Lunatic asylums Central Provinces reports 1895-1909 - 1895-1909
Year: 1895
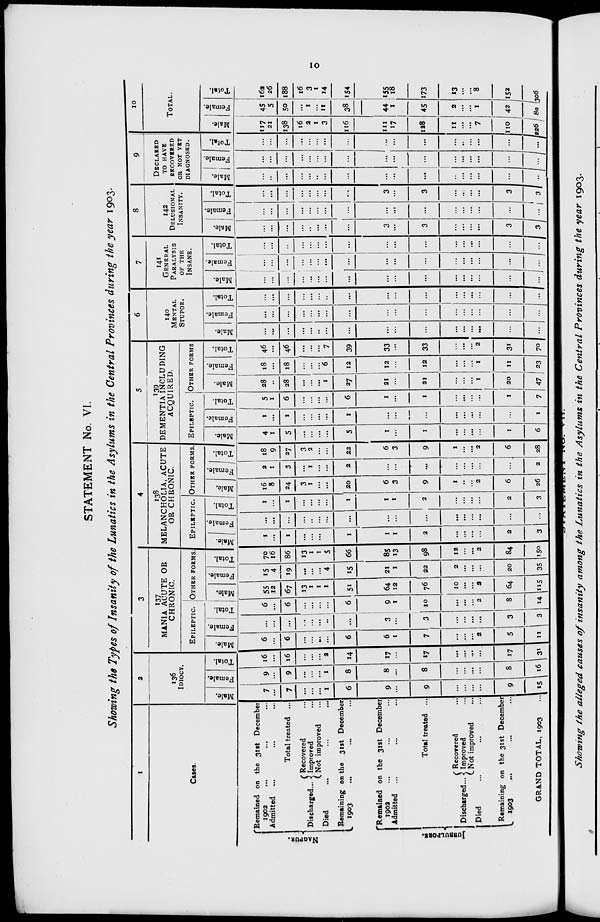
10
STATEMENT No. VI.
Showing the Types of Insanity of the Lunatics in the Asylums in the Central Provinces during the year 1903.
1
Cases.
NAGPUR.
JUBBULPORE.
Remained on the 31st December
1902 ... ... ...
Admitted ... ... ...
Total treated ...
Discharged ...
Recovered ...
Improved ...
Not improved ...
Died ... ... ...
Remaining on the 31st December
1903 ... ... ...
Remained on the 31st December
1902 ... ... ...
Admitted ... ... ...
Total treated ...
Discharged...
Recovered ...
Improved ...
Not improved ...
Died ... ... ...
Remaining on the 31st December
1903 ... ... ...
GRAND TOTAL, 1903 ...
2
136
IDIOCY.
Male.
7
...
7
...
...
...
1
6
9
...
9
...
...
...
...
9
15
Female.
9
...
9
...
...
...
1
8
8
...
8
...
...
...
...
8
16
Total.
16
...
16
...
...
...
2
14
17
...
17
...
...
...
...
17
31
3
137
MANIA ACUTE OR
CHRONIC.
EPILEPTIC.
Male.
6
...
6
...
...
...
...
6
6
1
7
...
...
...
2
5
11
Female.
...
...
...
...
...
...
...
...
3
...
3
...
...
...
...
3
3
Total.
6
...
6
...
...
...
...
6
9
1
10
...
...
...
2
8
14
OTHER FORMS.
Male.
55
12
67
13
1
1
1
51
64
12
76
10
...
...
2
64
115
Female.
15
4
19
...
...
...
4
15
21
1
22
2
...
...
...
20
35
Total.
70
16
86
13
1
1
5
66
85
13
98
12
...
...
2
84
150
4
138
MELANCHOLIA, ACUTE
OR CHRONIC.
EPILEPTIC.
Male.
1
...
1
...
...
...
...
1
1
1
2
...
...
...
...
2
3
Female.
...
...
...
...
...
...
...
...
...
...
...
...
...
...
...
...
...
Total.
1
...
1
...
...
...
...
1
1
1
2
...
...
...
...
2
3
OTHER FORMS.
Male.
16
8
24
3
1
...
...
20
6
3
9
1
...
...
2
6
26
Female.
2
1
3
...
1
...
...
2
...
...
...
...
...
...
...
...
2
Total.
18
9
27
3
2
...
...
22
6
3
9
1
...
...
2
6
28
5
139
DEMENTIA INCLUDING
ACQUIRED.
EPILEPTIC.
Male.
4
1
5
...
...
...
...
5
1
...
1
...
...
...
...
1
6
Female.
1
...
1
...
...
...
...
1
...
...
...
...
...
...
...
...
1
Total.
5
1
6
...
...
...
...
6
1
...
1
...
...
...
...
1
7
OTHER FORMS
Male.
28
...
28
...
...
...
1
27
21
...
21
...
...
...
1
20
47
Female.
18
...
18
...
...
...
6
12
12
...
12
...
...
...
1
11
23
Total.
46
...
46
...
...
...
7
39
33
...
33
...
...
...
2
31
70
6
140
MENTAL
STUPOR.
Male.
...
...
...
...
...
...
...
...
...
...
...
...
...
...
...
...
...
Female.
...
...
...
...
...
...
...
...
...
...
...
...
...
...
...
...
...
Total.
...
...
...
...
...
...
...
...
...
...
...
...
...
...
...
...
...
7
141
GENERAL
PARALYSIS
OF THE
INSANE.
Male.
...
...
...
...
...
...
...
...
...
...
...
...
...
...
...
...
...
Female.
...
...
...
...
...
...
...
...
...
...
...
...
...
...
...
...
...
Total.
...
...
...
...
...
...
...
...
...
...
...
...
...
...
...
...
...
8
142
DELUSIONAL
INSANITY.
Male.
...
...
...
...
...
...
...
...
3
...
3
...
...
...
...
3
3
Female.
...
...
...
...
...
...
...
...
...
...
...
...
...
...
...
...
...
Total.
...
...
...
...
...
...
...
...
3
...
3
...
..
...
...
3
3
9
DECLARED
TO HAVE
RECOVERED
OR NOT YET
DIAGNOSED.
Male.
...
...
...
...
...
..
...
...
...
...
...
...
...
...
...
...
...
Female.
...
...
...
...
...
...
...
...
...
...
...
...
...
...
...
...
...
Total.
...
...
...
...
...
...
...
...
...
...
...
...
...
...
...
...
...
10
TOTAL.
Male.
117
21
138
16
2
1
3
116
111
17
128
11
...
...
7
110
226
Female.
45
5
50
...
1
...
11
38
44
1
45
2
...
...
1
42
80
Total.
162
26
188
16
3
1
14
154
155 18
173
13
...
...
8
152
306